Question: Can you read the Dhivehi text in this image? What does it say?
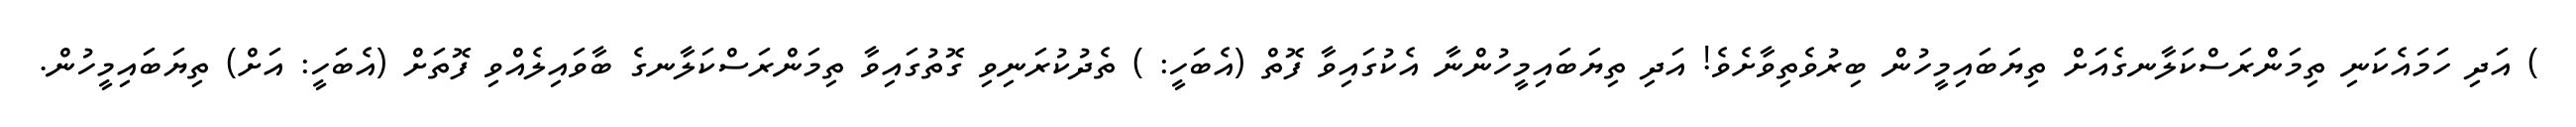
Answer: ) އަދި ހަމައެކަނި ތިމަންރަސްކަލާނގެއަށް ތިޔަބައިމީހުން ބިރުވެތިވާށެވެ! އަދި ތިޔަބައިމީހުންނާ އެކުގައިވާ ފޮތް (އެބަހީ: ) ތެދުކުރަނިވި ގޮތުގައިވާ ތިމަންރަސްކަލާނގެ ބާވައިލެއްވި ފޮތަށް (އެބަހީ: އަށް) ތިޔަބައިމީހުން.